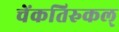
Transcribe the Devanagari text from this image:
चेंकतिरुकल्